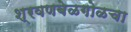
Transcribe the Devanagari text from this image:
श्रवणबेळगोळचा